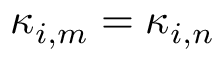
\kappa _ { i , m } = \kappa _ { i , n }